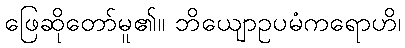
ဖြေဆိုတော်မူ၏။ ဘိယျောဥပမံကရောဟိ၊